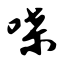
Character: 喋